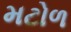
મટોળ